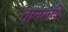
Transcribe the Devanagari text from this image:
तानरूपि